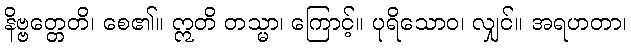
နိဗ္ဗတ္တေတိ၊ စေ၏။ ဣတိ တသ္မာ၊ ကြောင့်။ ပုရိသောဝ၊ လျှင်။ အရဟတာ၊